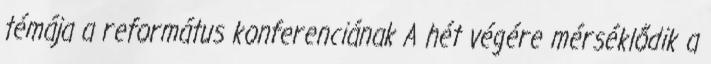
témája a református konferenciának A hét végére mérséklődik a